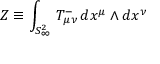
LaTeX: Z \equiv \int _ { S _ { \infty } ^ { 2 } } \, T _ { \mu \nu } ^ { - } \, d x ^ { \mu } \wedge d x ^ { \nu }